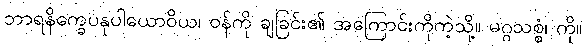
ဘာရနိက္ခေပနုပါယောဝိယ၊ ဝန်ကို ချခြင်း၏ အကြောင်းကိုကဲ့သို့။ မဂ္ဂသစ္စံ၊ ကို။